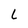
Character: L